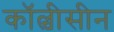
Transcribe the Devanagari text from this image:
कॉल्चीसीन